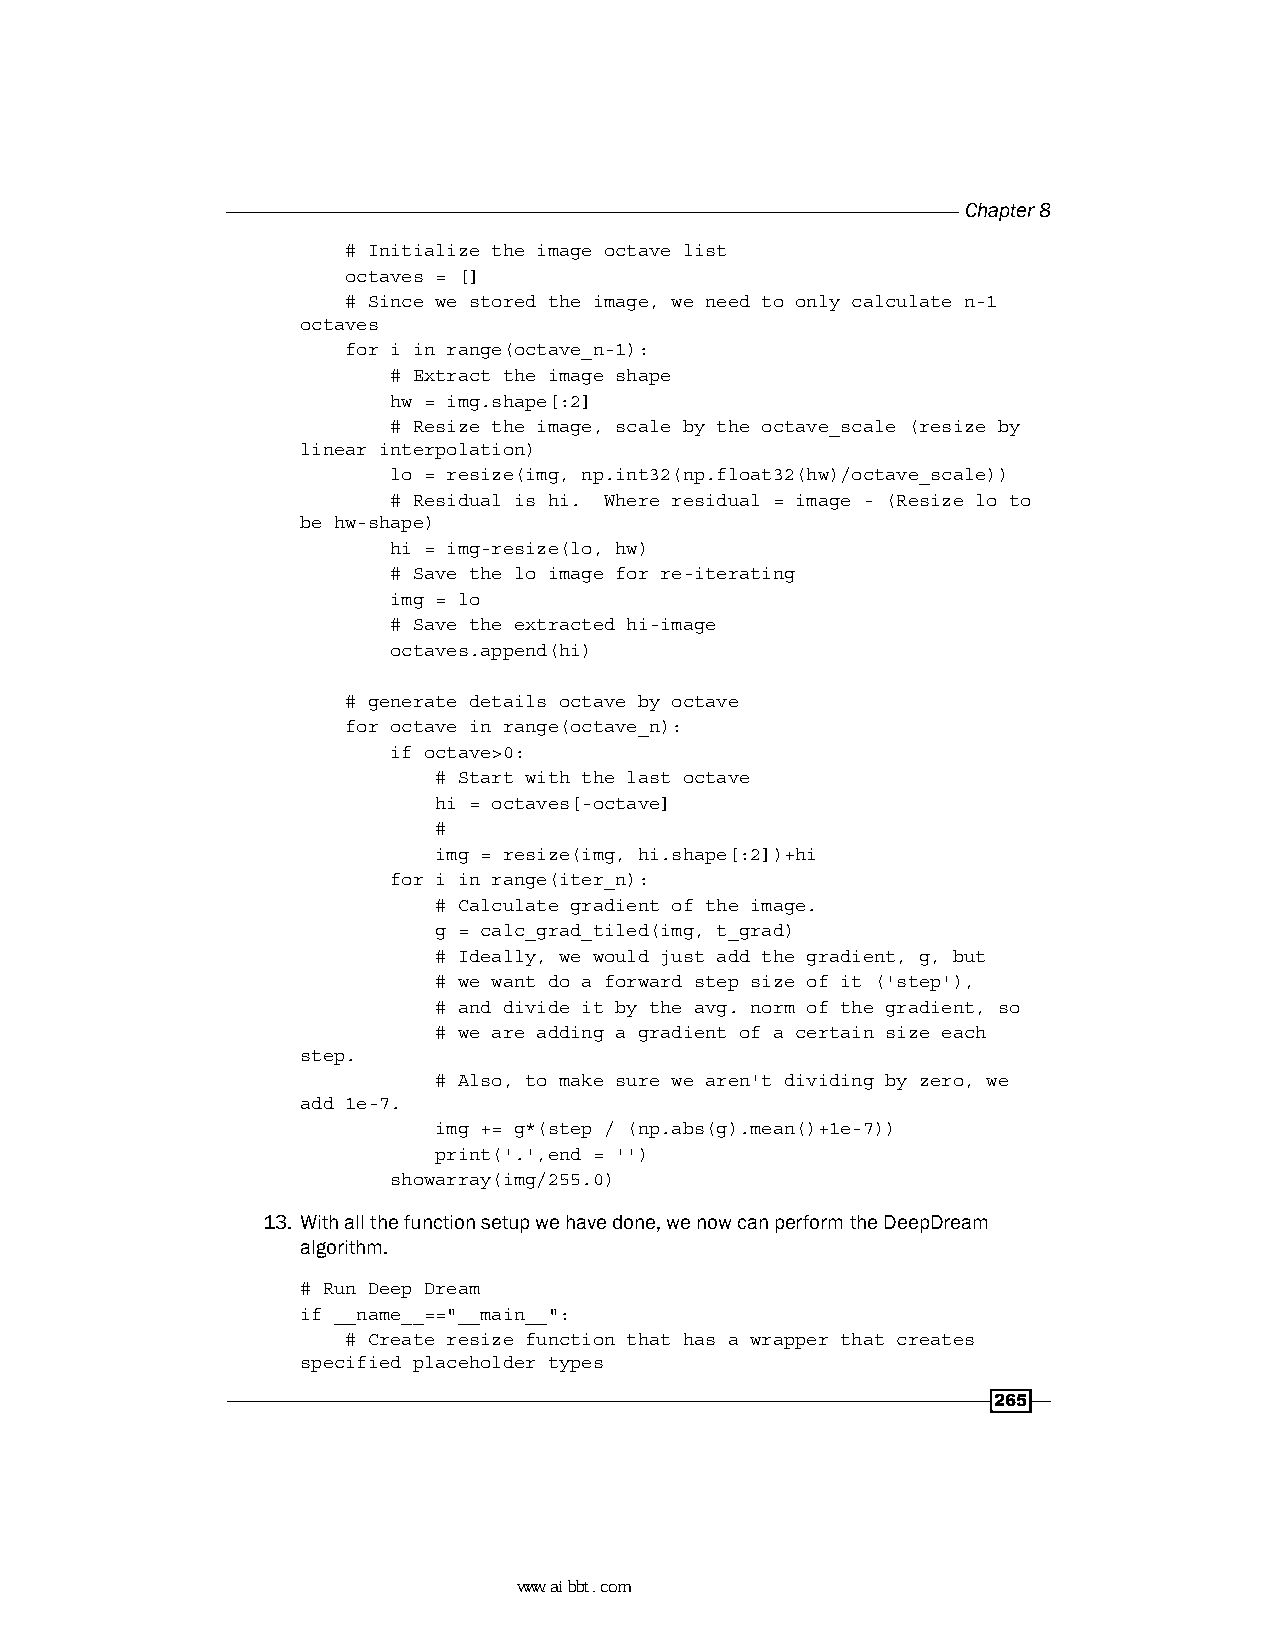
Chapter 8
 # Initialize the image octave list
 octaves = []
 # Since we stored the image, we need to only calculate n-1
 octaves
 for i in range(octave_n-1):
 # Extract the image shape
 hw = img.shape[:2]
 # Resize the image, scale by the octave_scale (resize by
 linear interpolation)
 lo = resize(img, np.int32(np.float32(hw)/octave_scale))
 # Residual is hi. Where residual = image - (Resize lo to
 be hw-shape)
 hi = img-resize(lo, hw)
 # Save the lo image for re-iterating
 img = lo
 # Save the extracted hi-image
 octaves.append(hi)
 # generate details octave by octave
 for octave in range(octave_n):
 if octave>0:
 # Start with the last octave
 hi = octaves[-octave]
 #
 img = resize(img, hi.shape[:2])+hi
 for i in range(iter_n):
 # Calculate gradient of the image.
 g = calc_grad_tiled(img, t_grad)
 # Ideally, we would just add the gradient, g, but
 # we want do a forward step size of it ('step'),
 # and divide it by the avg. norm of the gradient, so
 # we are adding a gradient of a certain size each
 step.
 # Also, to make sure we aren't dividing by zero, we
 add 1e-7.
 img += g*(step / (np.abs(g).mean()+1e-7))
 print('.',end = '')
 showarray(img/255.0)
 13. With all the function setup we have done, we now can perform the DeepDream
 algorithm.
 # Run Deep Dream
 if __name__=="__main__":
 # Create resize function that has a wrapper that creates
 specified placeholder types
 265
 www.aibbt.com 让未来触手可及